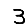
Digit: 3